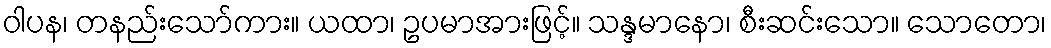
ဝါပန၊ တနည်းသော်ကား။ ယထာ၊ ဥပမာအားဖြင့်။ သန္ဒမာနော၊ စီးဆင်းသော။ သောတော၊